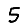
Digit: 5